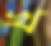
খ